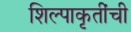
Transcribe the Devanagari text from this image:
शिल्पाकृतींची